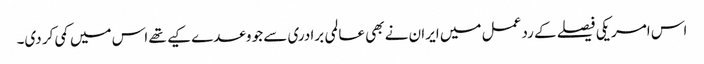
اس امریکی فیصلے کے رد عمل میں ایران نے بھی عالمی برادری سے جو وعدے کیے تھے اس میں کمی کر دی۔